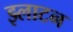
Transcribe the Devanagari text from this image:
झ्लाटन